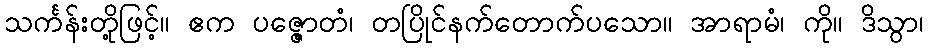
သင်္ကန်းတို့ဖြင့်။ ဧက ပဇ္ဇောတံ၊ တပြိုင်နက်တောက်ပသော။ အာရာမံ၊ ကို။ ဒိသွာ၊